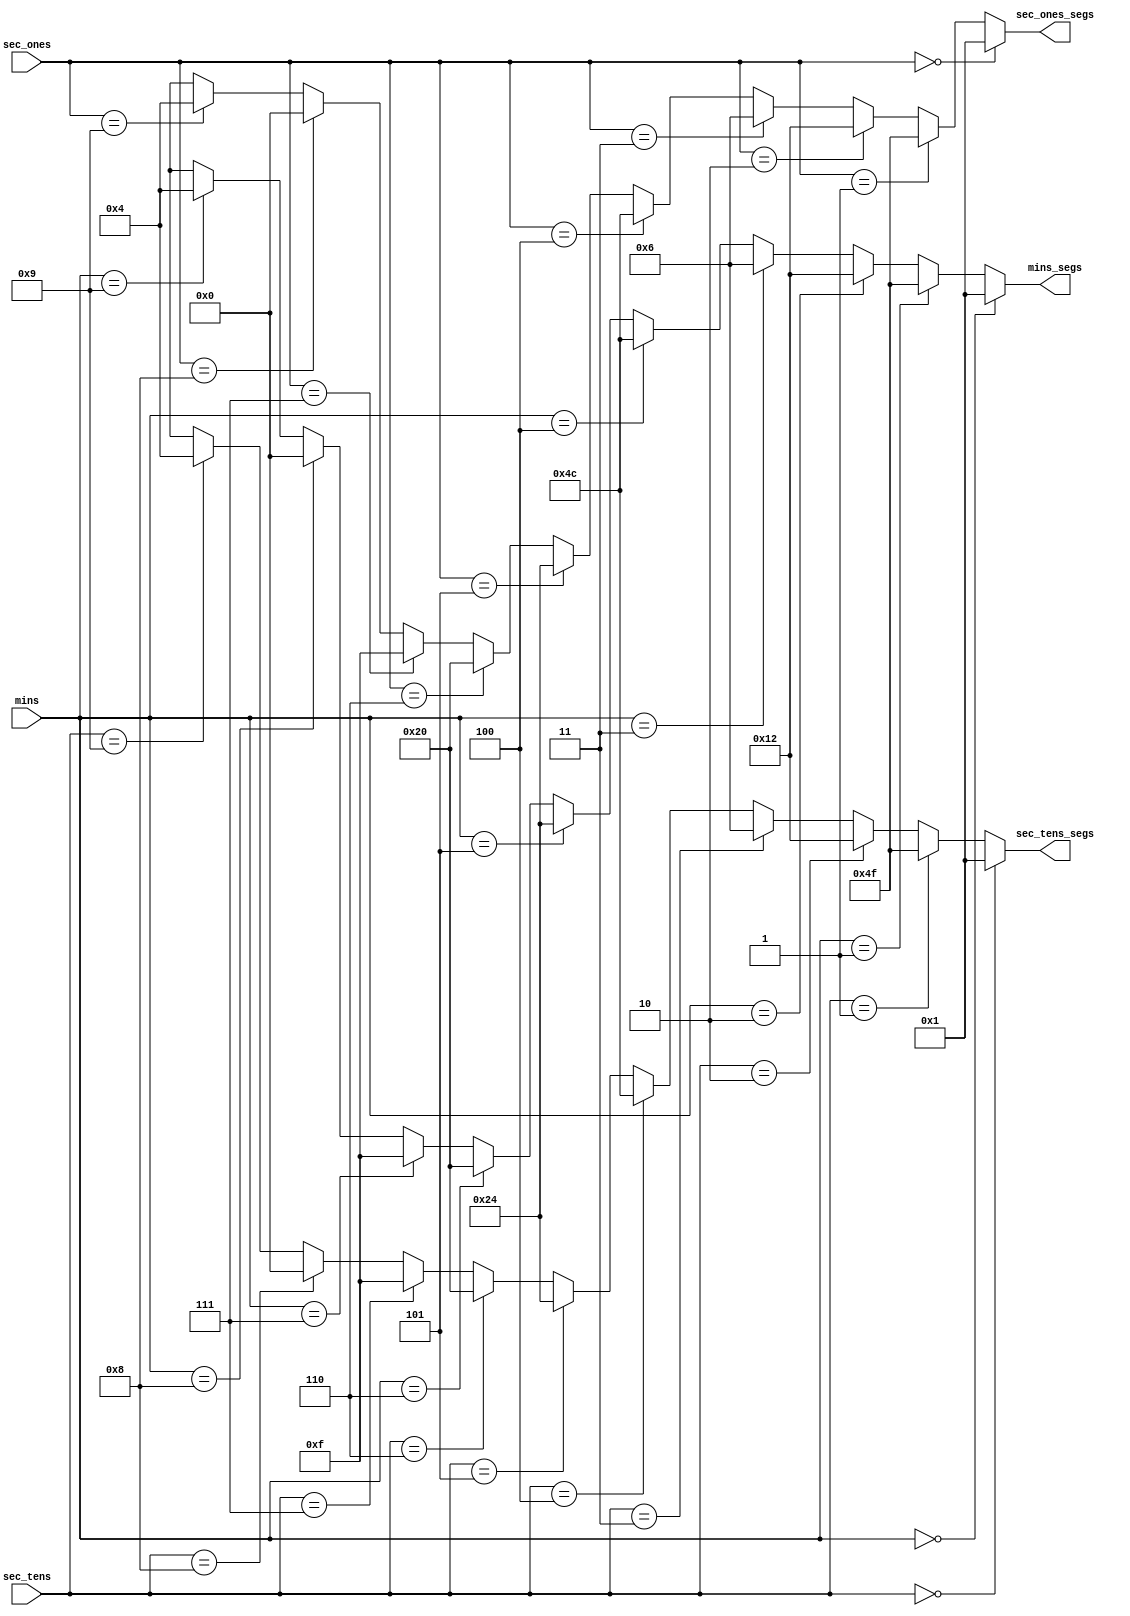
module decodificador_de_7_seg (input wire [3:0] sec_ones, sec_tens, mins,
                                    output wire [6:0] sec_ones_segs, sec_tens_segs, mins_segs);


    assign sec_ones_segs = 
    /* 0 */ (sec_ones == 4'b0000) ? 7'b000_0001 : 
    /* 1 */ (sec_ones == 4'b0001) ? 7'b100_1111 :
    /* 2 */ (sec_ones == 4'b0010) ? 7'b001_0010 :
    /* 3 */ (sec_ones == 4'b0011) ? 7'b000_0110 :
    /* 4 */ (sec_ones == 4'b0100) ? 7'b100_1100 :
    /* 5 */ (sec_ones == 4'b0101) ? 7'b010_0100 :
    /* 6 */ (sec_ones == 4'b0110) ? 7'b010_0000 :
    /* 7 */ (sec_ones == 4'b0111) ? 7'b000_1111 :
    /* 8 */ (sec_ones == 4'b1000) ? 7'b000_0000 :
    /* 9 */ (sec_ones == 4'b1001) ? 7'b000_0100 :
    /* d */ 8'bXXXX_XXXX;

        assign sec_tens_segs = 
    /* 0 */ (sec_tens == 4'b0000) ? 7'b000_0001 : 
    /* 1 */ (sec_tens == 4'b0001) ? 7'b100_1111 :
    /* 2 */ (sec_tens == 4'b0010) ? 7'b001_0010 :
    /* 3 */ (sec_tens == 4'b0011) ? 7'b000_0110 :
    /* 4 */ (sec_tens == 4'b0100) ? 7'b100_1100 :
    /* 5 */ (sec_tens == 4'b0101) ? 7'b010_0100 :
    /* 6 */ (sec_tens == 4'b0110) ? 7'b010_0000 :
    /* 7 */ (sec_tens == 4'b0111) ? 7'b000_1111 :
    /* 8 */ (sec_tens == 4'b1000) ? 7'b000_0000 :
    /* 9 */ (sec_tens == 4'b1001) ? 7'b000_0100 :
    /* d */ 8'bXXXX_XXXX;

    assign mins_segs = 
    /* 0 */ (mins == 4'b0000) ? 7'b000_0001 : 
    /* 1 */ (mins == 4'b0001) ? 7'b100_1111 :
    /* 2 */ (mins == 4'b0010) ? 7'b001_0010 :
    /* 3 */ (mins == 4'b0011) ? 7'b000_0110 :
    /* 4 */ (mins == 4'b0100) ? 7'b100_1100 :
    /* 5 */ (mins == 4'b0101) ? 7'b010_0100 :
    /* 6 */ (mins == 4'b0110) ? 7'b010_0000 :
    /* 7 */ (mins == 4'b0111) ? 7'b000_1111 :
    /* 8 */ (mins == 4'b1000) ? 7'b000_0000 :
    /* 9 */ (mins == 4'b1001) ? 7'b000_0100 :
    /* d */ 8'bXXXX_XXXX;

    
endmodule